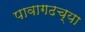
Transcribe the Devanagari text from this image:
पावागढच्या